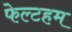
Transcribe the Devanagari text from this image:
फेल्टहम